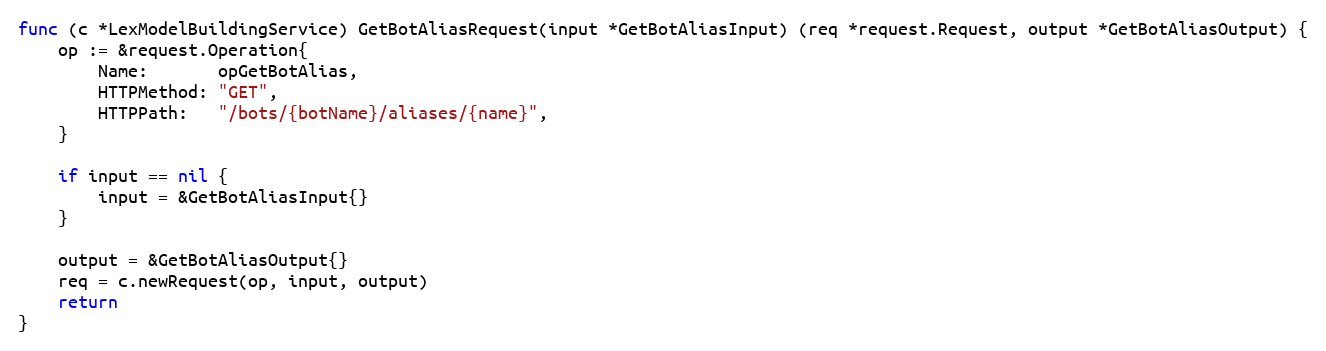
Language: Go
func (c *LexModelBuildingService) GetBotAliasRequest(input *GetBotAliasInput) (req *request.Request, output *GetBotAliasOutput) {
	op := &request.Operation{
		Name:       opGetBotAlias,
		HTTPMethod: "GET",
		HTTPPath:   "/bots/{botName}/aliases/{name}",
	}

	if input == nil {
		input = &GetBotAliasInput{}
	}

	output = &GetBotAliasOutput{}
	req = c.newRequest(op, input, output)
	return
}